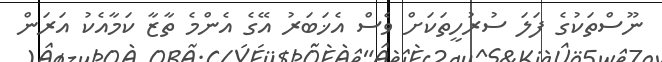
ނޫސްތަކުގެ ފަލަ ސުރުހީތަކަށް ވެސް އެޚަބަރު އޭގެ އެންމެ ތާޒާ ކަމާއެކު އަރަން